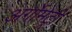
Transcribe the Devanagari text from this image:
अर्गोमेट्री